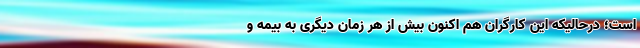
است؛ درحالیکه این کارگران هم اکنون بیش از هر زمان دیگری به بیمه و